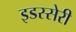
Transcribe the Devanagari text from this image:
इडस्सेरी